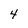
Character: 4